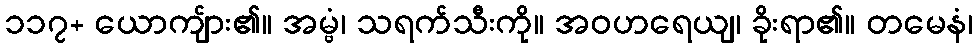
၁၁၇+ ယောကျ်ား၏။ အမ္ဗံ၊ သရက်သီးကို။ အဝဟရေယျ၊ ခိုးရာ၏။ တမေနံ၊